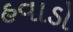
હવાડો